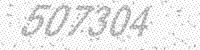
Solution: 507304